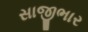
સાજીભાર